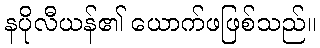
နပိုလီယန်၏ ယောက်ဖဖြစ်သည်။